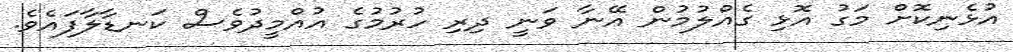
އުޅެނިކޮށް މަގު އޮޅި ގެއްލުމުން އޭނާ ވަނީ ދިރި ހުރުމުގެ އުއްމީދުވެސް ކަނޑާލާފައެވެ.